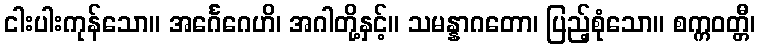
ငါးပါးကုန်သော။ အင်္ဂေဂေဟိ၊ အဂါတို့နှင့်။ သမန္နာဂတော၊ ပြည့်စုံသော။ စက္ကဝတ္တီ၊